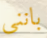
باننى